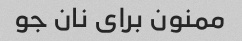
ممنون برای نان جو